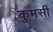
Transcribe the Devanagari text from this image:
कुमसी